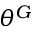
\theta ^ { G }